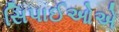
સિપાઈઓએ